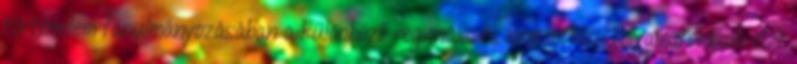
történelem tanulmányozásában a különböző regionális és nemzetközi folyamatokban. Azt